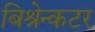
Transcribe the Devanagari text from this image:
बिश्रेन्कटर